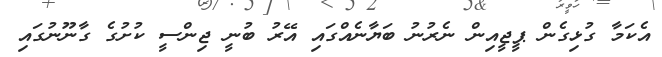
އެކަމާ ގުޅިގެން ޕީޖީއިން ނެރުނު ބަޔާނެއްގައި އޭރު ބުނީ ޖިންސީ ކުށުގެ ގާނޫނުގައި